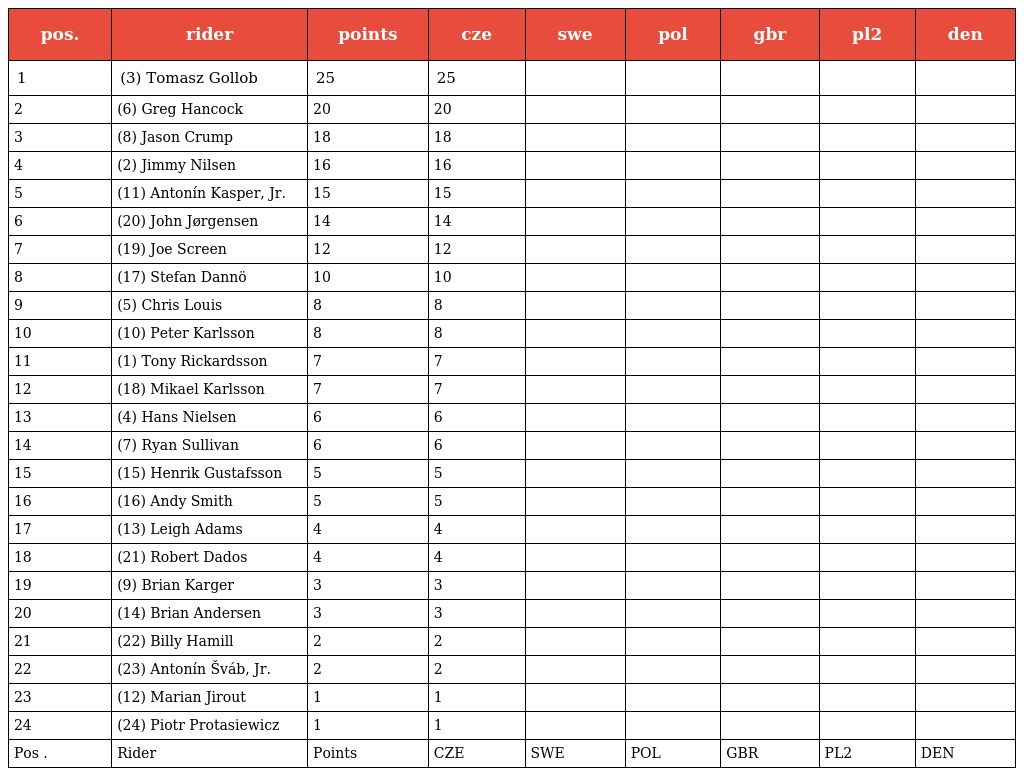
| pos. | rider | points | cze | swe | pol | gbr | pl2 | den |
 | --- | --- | --- | --- | --- | --- | --- | --- | --- |
 | 1 | (3) Tomasz Gollob | 25 | 25 |  |  |  |  |  |
 | 2 | (6) Greg Hancock | 20 | 20 |  |  |  |  |  |
 | 3 | (8) Jason Crump | 18 | 18 |  |  |  |  |  |
 | 4 | (2) Jimmy Nilsen | 16 | 16 |  |  |  |  |  |
 | 5 | (11) Antonín Kasper, Jr. | 15 | 15 |  |  |  |  |  |
 | 6 | (20) John Jørgensen | 14 | 14 |  |  |  |  |  |
 | 7 | (19) Joe Screen | 12 | 12 |  |  |  |  |  |
 | 8 | (17) Stefan Dannö | 10 | 10 |  |  |  |  |  |
 | 9 | (5) Chris Louis | 8 | 8 |  |  |  |  |  |
 | 10 | (10) Peter Karlsson | 8 | 8 |  |  |  |  |  |
 | 11 | (1) Tony Rickardsson | 7 | 7 |  |  |  |  |  |
 | 12 | (18) Mikael Karlsson | 7 | 7 |  |  |  |  |  |
 | 13 | (4) Hans Nielsen | 6 | 6 |  |  |  |  |  |
 | 14 | (7) Ryan Sullivan | 6 | 6 |  |  |  |  |  |
 | 15 | (15) Henrik Gustafsson | 5 | 5 |  |  |  |  |  |
 | 16 | (16) Andy Smith | 5 | 5 |  |  |  |  |  |
 | 17 | (13) Leigh Adams | 4 | 4 |  |  |  |  |  |
 | 18 | (21) Robert Dados | 4 | 4 |  |  |  |  |  |
 | 19 | (9) Brian Karger | 3 | 3 |  |  |  |  |  |
 | 20 | (14) Brian Andersen | 3 | 3 |  |  |  |  |  |
 | 21 | (22) Billy Hamill | 2 | 2 |  |  |  |  |  |
 | 22 | (23) Antonín Šváb, Jr. | 2 | 2 |  |  |  |  |  |
 | 23 | (12) Marian Jirout | 1 | 1 |  |  |  |  |  |
 | 24 | (24) Piotr Protasiewicz | 1 | 1 |  |  |  |  |  |
 | Pos . | Rider | Points | CZE | SWE | POL | GBR | PL2 | DEN |